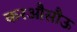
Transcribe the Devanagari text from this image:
करऔसौऊ